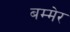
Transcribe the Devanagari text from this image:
बम्मेर